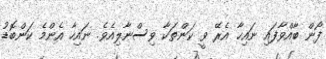
ފޯން ބާއްވާފައި ނައިހާ އެރޭ ވީ ކަންތަކާ ވިސްނާލިއެވެ. ނައިހާ އެންމެ ކަންބޮޑު